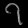
Digit: ၇